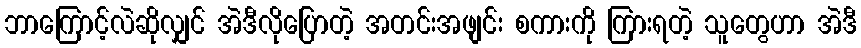
ဘာကြောင့်လဲဆိုလျှင် အဲဒီလိုပြောတဲ့ အတင်းအဖျင်း စကားကို ကြားရတဲ့ သူတွေဟာ အဲဒီ